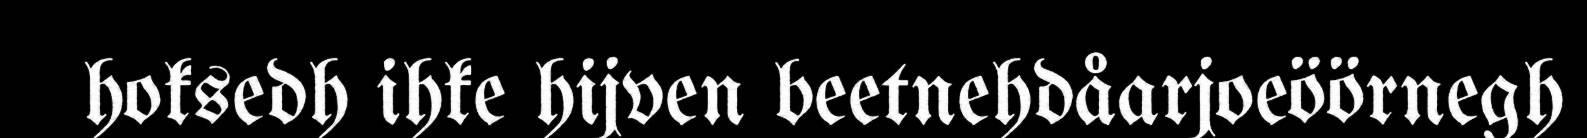
hoksedh ihke hijven beetnehdåarjoeöörnegh